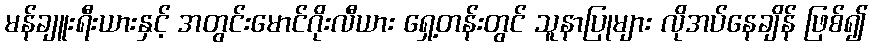
မန်ချူးရီးယားနှင့် အတွင်းမောင်ဂိုးလီယား ရှေ့တန်းတွင် သူနာပြုများ လိုအပ်နေချိန် ဖြစ်၍